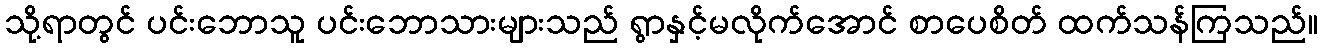
သို့ရာတွင် ပင်းဘောသူ ပင်းဘောသားများသည် ရွာနှင့်မလိုက်အောင် စာပေစိတ် ထက်သန်ကြသည်။